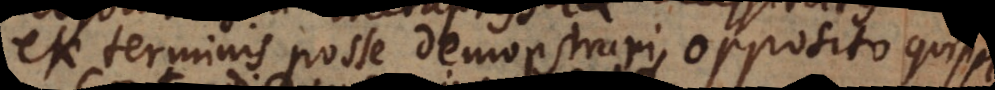
ex terminis posse demonstrari, opposito quippe